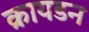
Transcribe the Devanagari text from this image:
क्रायडन